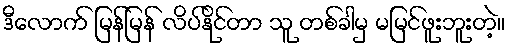
ဒီလောက် မြန်မြန် လိပ်နိုင်တာ သူ တစ်ခါမှ မမြင်ဖူးဘူးတဲ့။